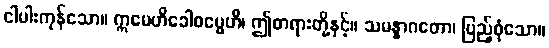
ငါပါးကုန်သော။ ဣမေဟိခေါဓမ္မေဟိ၊ ဤတရားတို့နှင့်။ သမန္နာဂတော၊ ပြည့်စုံသော။